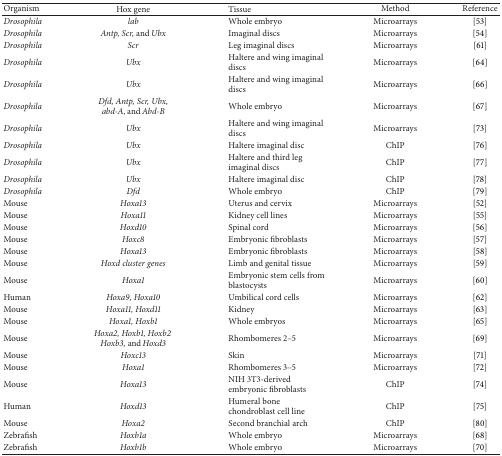
| Organism | Hox gene | Tissue | Method | Reference |
 | --- | --- | --- | --- | --- |
 | Drosophila | lab | Whole embryo | Microarrays | [53] |
 | Drosophila | Antp, Scr, and Ubx | Imaginal discs | Microarrays | [54] |
 | Drosophila | Scr | Leg imaginal discs | Microarrays | [61] |
 | Drosophila | Ubx | Haltere and wing imaginal discs | Microarrays | [64] |
 | Drosophila | Ubx | Haltere and wing imaginal discs | Microarrays | [66] |
 | Drosophila | Dfd, Antp, Scr, Ubx, abd-A, and Abd-B | Whole embryo | Microarrays | [67] |
 | Drosophila | Ubx | Haltere and wing imaginal discs | Microarrays | [73] |
 | Drosophila | Ubx | Haltere imaginal disc | ChIP | [76] |
 | Drosophila | Ubx | Haltere and third leg imaginal discs | ChIP | [77] |
 | Drosophila | Ubx | Haltere imaginal disc | ChIP | [78] |
 | Drosophila | Dfd | Whole embryo | ChIP | [79] |
 | Mouse | Hoxa13 | Uterus and cervix | Microarrays | [52] |
 | Mouse | Hoxa11 | Kidney cell lines | Microarrays | [55] |
 | Mouse | Hoxd10 | Spinal cord | Microarrays | [56] |
 | Mouse | Hoxc8 | Embryonic fibroblasts | Microarrays | [57] |
 | Mouse | Hoxa13 | Embryonic fibroblasts | Microarrays | [58] |
 | Mouse | Hoxd cluster genes | Limb and genital tissue | Microarrays | [59] |
 | Mouse | Hoxa1 | Embryonic stem cells from blastocysts | Microarrays | [60] |
 | Human | Hoxa9, Hoxa10 | Umbilical cord cells | Microarrays | [62] |
 | Mouse | Hoxa11, Hoxd11 | Kidney | Microarrays | [63] |
 | Mouse | Hoxa1, Hoxb1 | Whole embryos | Microarrays | [65] |
 | Mouse | Hoxa2, Hoxb1, Hoxb2 Hoxb3, and Hoxd3 | Rhombomeres 2–5 | Microarrays | [69] |
 | Mouse | Hoxc13 | Skin | Microarrays | [71] |
 | Mouse | Hoxa1 | Rhombomeres 3–5 | Microarrays | [72] |
 | Mouse | Hoxa13 | NIH 3T3-derived embryonic fibroblasts | ChIP | [74] |
 | Human | Hoxd13 | Humeral bonechondroblast cell line | ChIP | [75] |
 | Mouse | Hoxa2 | Second branchial arch | ChIP | [80] |
 | Zebrafish | Hoxb1a | Whole embryo | Microarrays | [68] |
 | Zebrafish | Hoxb1b | Whole embryo | Microarrays | [70] |